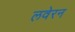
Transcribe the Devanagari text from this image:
लवेरन